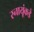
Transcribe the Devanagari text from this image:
स्नायूंकडे